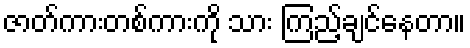
ဇာတ်ကားတစ်ကားကို သား ကြည့်ချင်နေတာ။